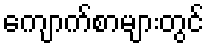
ကျောက်စာများတွင်